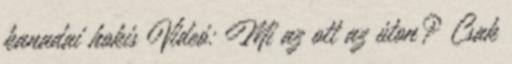
kanadai hokis Videó: Mi az ott az úton? Csak